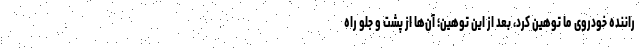
راننده خودروی ما توهین کرد، بعد از این توهین؛ آن‌ها از پشت و جلو راه